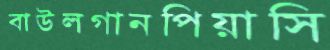
বাউলগানপিয়াসি